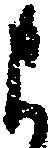
よ